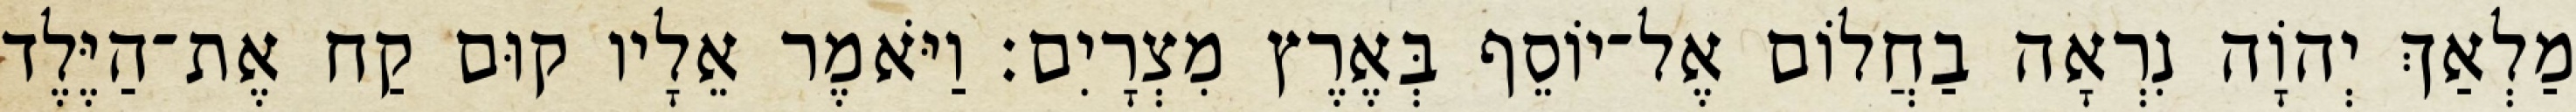
מַלְאַךְ יְהוָֹה נִרְאָה בַחֲלוֹם אֶל־יוֹסֵף בְּאֶרֶץ מִצְרָיִם׃ וַיֹּאמֶר אֵלָיו קוּם קַח אֶת־הַיֶּלֶד